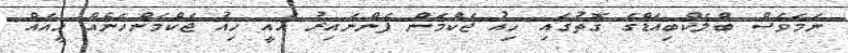
ނަމަވެސް ބްލެކްބިއަޑްގެ ގޮތުގައި ހިއު ޖެކްމަން ފެންނައިރު އެއީ ހިއު ޖެކްމަންހެނެއް ހީއެއް